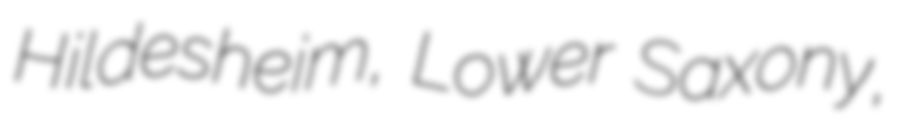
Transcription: Hildesheim, Lower Saxony,